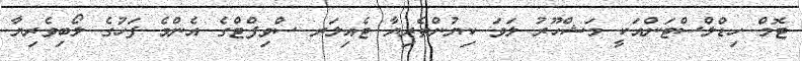
ޓޮމް ހިޑްލްސްޓަންއަކީ މަޝްހޫރު ލަވަ ކިޔުންތެރިޔާ ޓެއިލަރ ސްވިފްޓްގެ އެންމެ ފަހުގެ ލޯބިވެރިޔާ